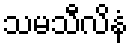
သမသီလိနံ